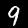
Digit: 9